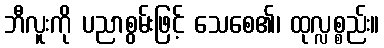
ဘီလူးကို ပညာစွမ်းဖြင့် သေစေ၏၊ ထုလ္လစ္စည်း။